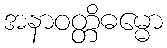
အနာဝတ္တိဓမ္မော